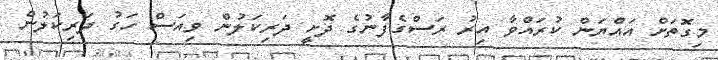
މިގޮތަށް އައްޔަން ކުރައްވާ އިރު ރަސްގެފާނުގެ ދޮށީ ދަރިކަލުން ވިއަސް ހަގު ދަރިކަލުން